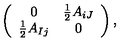
\left( \begin{array} { c c } { 0 } & { { \frac { 1 } { 2 } } A _ { i J } } \\ { { \frac { 1 } { 2 } } A _ { I j } } & { 0 } \\ \end{array} \right) ,